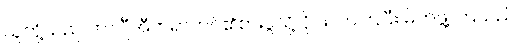
သူတို့သည် ဟာဂျီအီဘရာဟင်၏စားပွဲသို့ ဝိုင်းလာကြပြီး မိတ်ဖွဲ့ ကြသည်။